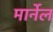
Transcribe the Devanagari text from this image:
मार्नेल